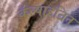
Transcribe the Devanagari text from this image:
कॅल्षाइन्रिन